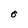
Character: O